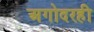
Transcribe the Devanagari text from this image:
अगोदरही